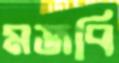
মজবি